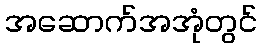
အဆောက်အအုံတွင်